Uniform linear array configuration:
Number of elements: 64
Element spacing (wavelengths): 1
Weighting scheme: hamming
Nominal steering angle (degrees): -60
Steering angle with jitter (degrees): -61.597
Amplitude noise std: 0.05
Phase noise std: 0.05

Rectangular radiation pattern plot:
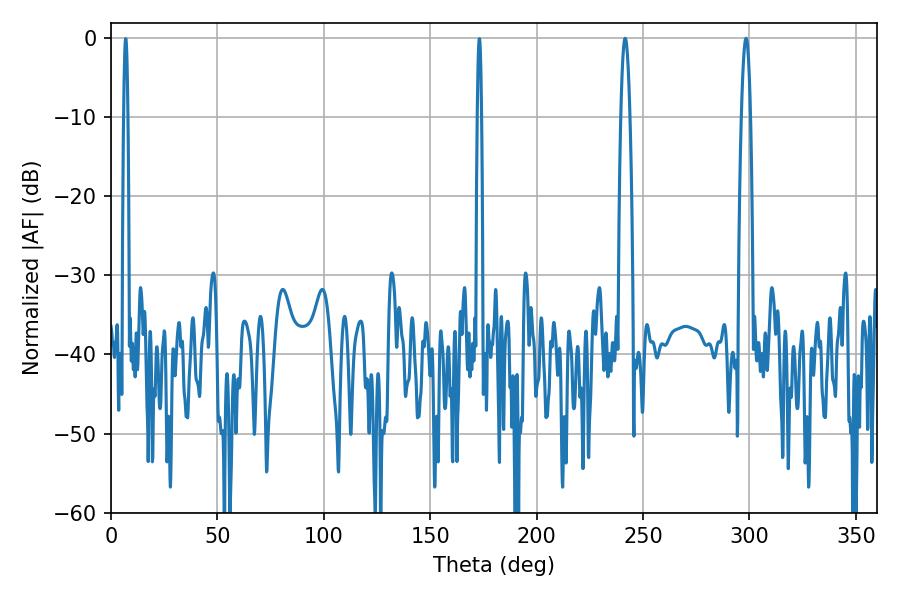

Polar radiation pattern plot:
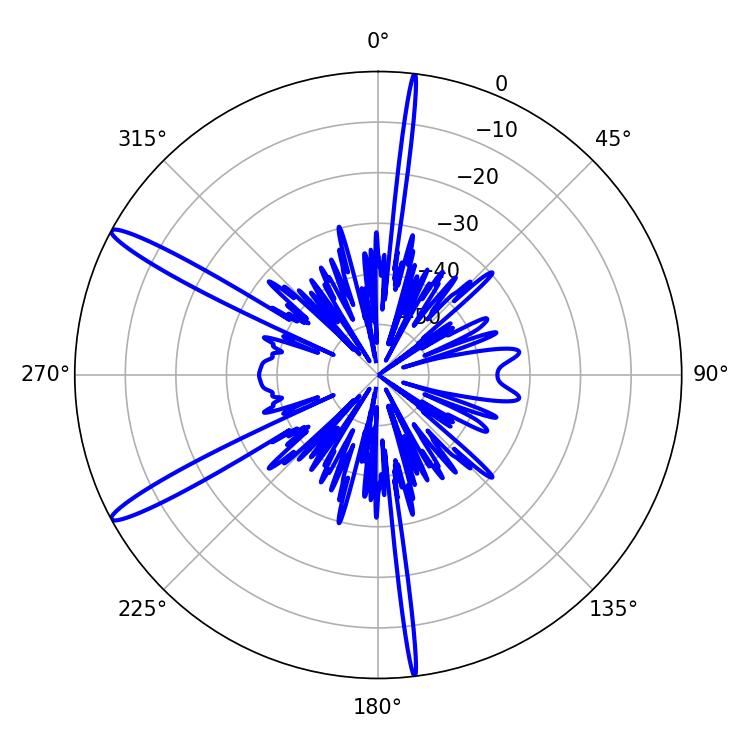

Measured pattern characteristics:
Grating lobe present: TRUE
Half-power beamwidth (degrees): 2.34
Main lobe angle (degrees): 241.56